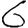
Digit: 6